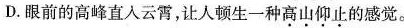
D.眼前的高峰直入云霄，让人顿生一种高山仰止的感觉。